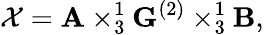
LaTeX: \mathcal{X}=\mathbf{A}\times_{3}^{1}\mathbf{G}^{(2)}\times_{3}^{1}\mathbf{B},